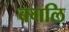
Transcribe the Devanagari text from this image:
बगलि